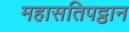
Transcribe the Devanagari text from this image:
महासतिपट्ठान